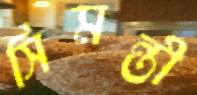
সিমন্তী